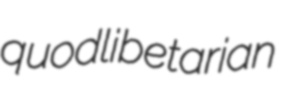
quodlibetarian